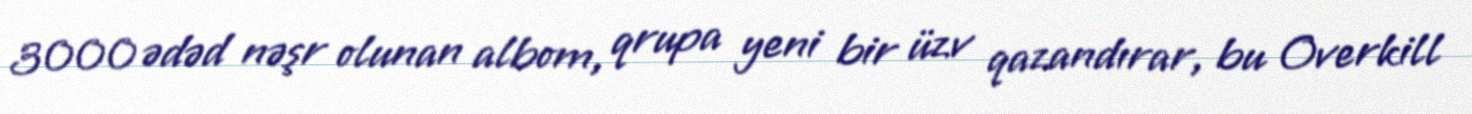
3000 ədəd nəşr olunan albom, qrupa yeni bir üzv qazandırar, bu Overkill